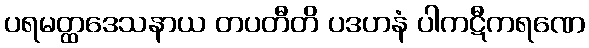
ပရမတ္ထဒေသနာယ တပတီတိ ပဒဟနံ ပါကဋီကရဏေ